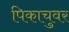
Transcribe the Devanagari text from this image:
पिकाचुवर